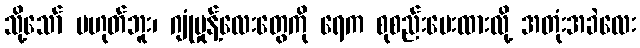
သို့သော် မဟုတ်ဘူး၊ ဂျုံမှုန့်လေးတွေကို ရေက စုစည်းပေးထားလို့ အတုံးအခဲလေး